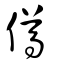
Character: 僔